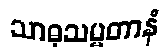
သာဓုသမ္မတာနံ